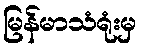
မြန်မာသံရုံးမှ